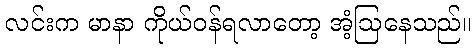
လင်းက မာနာ ကိုယ်ဝန်ရလာတော့ အံ့ဩနေသည်။